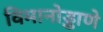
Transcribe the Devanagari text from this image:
विमानोड्डाणे